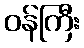
ဝန်ကြီး